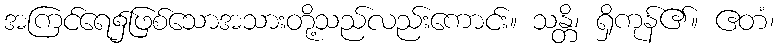
အကြင်ရေ၌ဖြစ်သောအသားတို့သည်လည်းကောင်း။ သန္တိ၊ ရှိကုန်၏။ ဧတံ၊